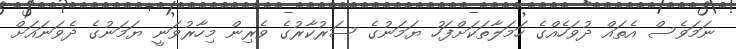
ނަމަވެސް އެތައް ދުވަހެއްގެ ހަމަލާތަކަށްފަހު ޔަމަނުގެ ސަރުކާރުގެ ވެރިން މިހާރުވަނީ ޔަމަނުގެ ދެވަނައަށް